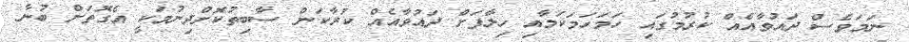
ނަމަވެސް ދައުވާއެއް ކުރުމުގައި ހަމަހަމަކަމާއި ހިލާފަށް ދައުވާއެއް ކުރާކަން ސާބިތުކޮށްދިނުމަކީ އެގޮތަށް ބުނާ